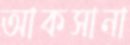
আকসানা